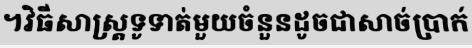
។វិធីសាស្ត្រទូទាត់មួយចំនួនដូចជាសាច់ប្រាក់